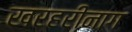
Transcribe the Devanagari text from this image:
खरहरीनाग